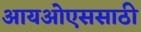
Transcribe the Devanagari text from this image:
आयओएससाठी